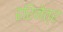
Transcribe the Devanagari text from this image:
हरिनेत्र